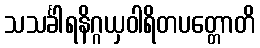
သသင်္ခါရနိဂ္ဂယှဝါရိတပတ္တောတိ